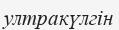
ултракүлгін